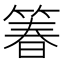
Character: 箺